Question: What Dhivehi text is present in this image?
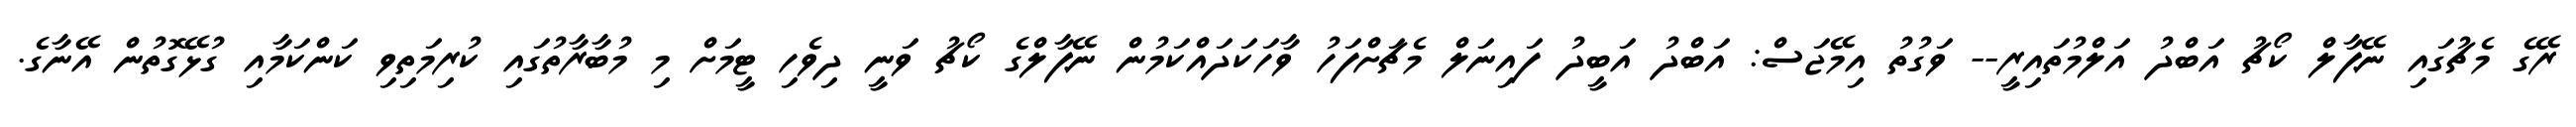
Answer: ރޭގެ މެޗުގައި ނޭޕާލް ކޯޗު އަބްދު އަލްމުތައިރީ-- ވަގުތު އިމޭޖަސް: އަބްދު އަބީދު ފައިނަލް މެޗަށްފަހު ވާހަކަދައްކަމުން ނޭޕާލްގެ ކޯޗު ވަނީ ދިވެހި ޓީމަށް މި މުބާރާތުގައި ކުރިމަތިވި ކަންކަމާއި ގުޅޭގޮތުން އޭނާގެ.